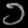
Digit: ၁